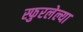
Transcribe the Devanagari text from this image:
स्फुरलेल्या